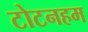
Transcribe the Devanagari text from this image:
टोटनहम